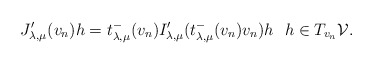
\begin{align*}J_{\lambda,\mu}'(v_n)h=t^-_{\lambda,\mu}(v_n)I_{\lambda,\mu}'(t^-_{\lambda,\mu}(v_n)v_n)h\ \ h\in T_{v_n}\mathcal{V}.\end{align*}